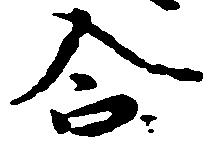
合